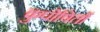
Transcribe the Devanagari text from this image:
कुपोषितों